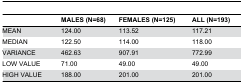
<table><thead><tr><td></td><td><b>MALES (N=68)</b></td><td><b>FEMALES (N=125)</b></td><td><b>ALL (N=193)</b></td></tr></thead><tbody><tr><td>MEAN</td><td>124.00</td><td>113.52</td><td>117.21</td></tr><tr><td>MEDIAN</td><td>122.50</td><td>114.00</td><td>118.00</td></tr><tr><td>VARIANCE</td><td>462.63</td><td>907.91</td><td>772.99</td></tr><tr><td>LOW VALUE</td><td>71.00</td><td>49.00</td><td>49.00</td></tr><tr><td>HIGH VALUE</td><td>188.00</td><td>201.00</td><td>201.00</td></tr></tbody></table>